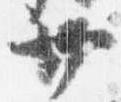
廿